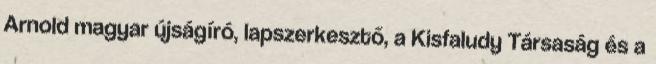
Arnold magyar újságíró, lapszerkesztő, a Kisfaludy Társaság és a